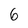
Character: 6